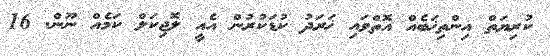
ކުރިޔަތް އިންތިޚަބެއް އޮތްވައި ޚަރަދު ކުޑަކުރުން އެއީ ލޮޖިކަލް ކަމެއް ނޫން. 16